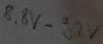
Text: 8,8V-9,2V